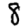
Digit: 8